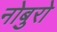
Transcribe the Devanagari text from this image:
नोबुरो